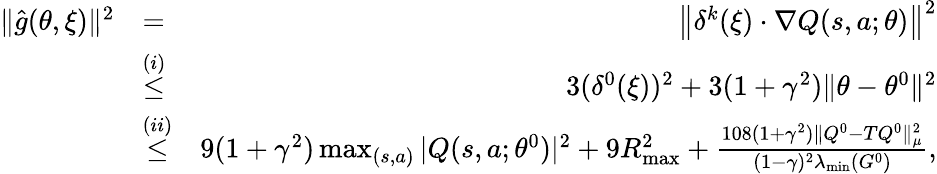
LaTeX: \begin{array}{rlr}{\| \hat{g}(\theta,\xi)\| ^{2}}&{=}&{\left\| \delta^{k}(\xi)\cdot\nabla Q(s,a;\theta)\right\| ^{2}}\\ &{\overset{(i)}{\leq}}&{3(\delta^{0}(\xi))^{2}+3(1+\gamma^{2})\| \theta-\theta^{0}\| ^{2}}\\ &{\overset{(ii)}{\leq}}&{9(1+\gamma^{2})\operatorname*{max}_{(s,a)}|Q(s,a;\theta^{0})|^{2}+9R_{\operatorname*{max}}^{2}+\frac{108(1+\gamma^{2})\| Q^{0}-TQ^{0}\| _{\mu}^{2}}{(1-\gamma)^{2}\lambda_{\operatorname*{min}}(G^{0})},}\end{array}